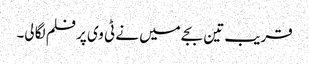
قریب تین بجے میں نے ٹی وی پر فلم لگا لی۔